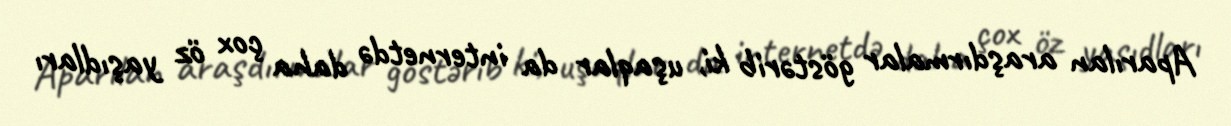
Aparılan araşdırmalar göstərib ki, uşaqlar da internetdə daha çox öz yaşıdları